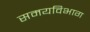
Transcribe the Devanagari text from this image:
समयविभाग